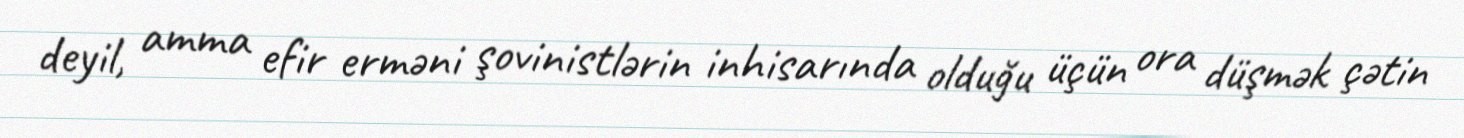
deyil, amma efir erməni şovinistlərin inhisarında olduğu üçün ora düşmək çətin